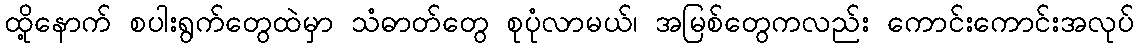
ထို့နောက် စပါးရွက်တွေထဲမှာ သံဓာတ်တွေ စုပုံလာမယ်၊ အမြစ်တွေကလည်း ကောင်းကောင်းအလုပ်